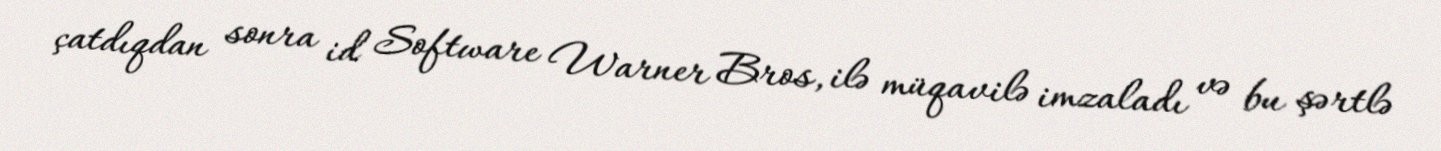
çatdıqdan sonra id Software Warner Bros, ilə müqavilə imzaladı və bu şərtlə